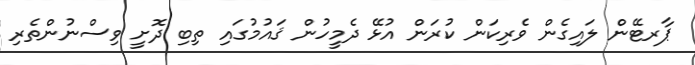
ޕާރޓޭން ލައިގެން ވެރިކަން ކުރަން އުޅޭ ދެމީހުން ޤައުމުގައި ތިބި ދޮށީ ވިސްނުންތެރި